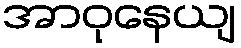
အာဝုနေယျ